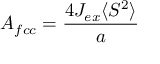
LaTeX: A _ { f c c } = { \frac { 4 J _ { e x } \langle S ^ { 2 } \rangle } { a } }